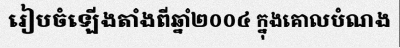
រៀបចំឡើងតាំងពីឆ្នាំ២០០៤ ក្នុងគោលបំណង